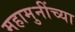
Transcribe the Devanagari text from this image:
महामुनींच्या